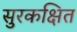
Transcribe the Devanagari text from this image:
सुरकक्षित